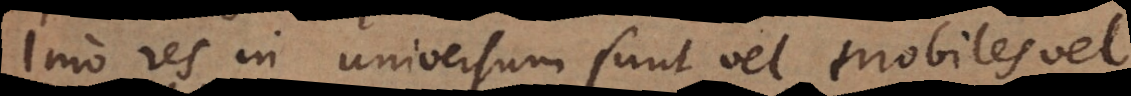
Imo res in universum sunt vel mobiles vel